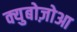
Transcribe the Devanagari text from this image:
क्युबोज़ोआ